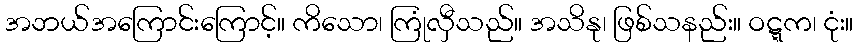
အဘယ်အကြောင်းကြောင့်။ ကိသော၊ ကြုံလှီသည်။ အသိနု၊ ဖြစ်သနည်း။ ဝဋ္ဋက၊ ငုံး။